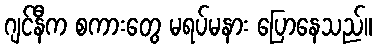
ဂျင်နီက စကားတွေ မရပ်မနား ပြောနေသည်။